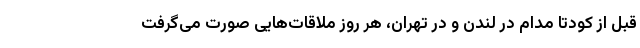
قبل از کودتا مدام در لندن و در تهران، هر روز ملاقات‌هایی صورت می‌گرفت